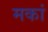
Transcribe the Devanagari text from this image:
मकां